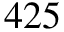
4 2 5